Indian journal of veterinary science and animal husbandry - Volume 6,
Year: 1936
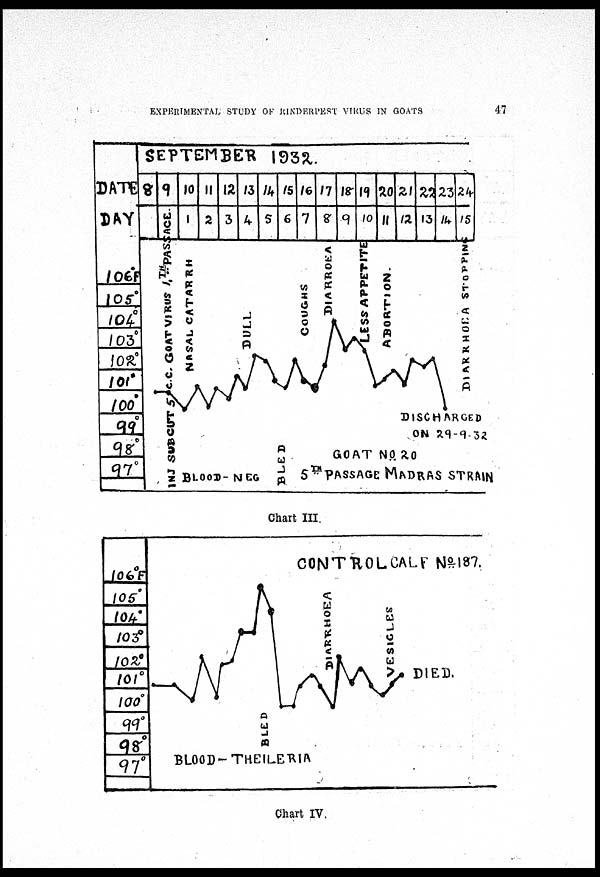
EXPERIMENTAL STUDY OF RINDERPEST VIRUS IN GOATS
47
Chart III.
Chart IV